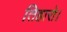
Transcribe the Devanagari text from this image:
तिहारो।